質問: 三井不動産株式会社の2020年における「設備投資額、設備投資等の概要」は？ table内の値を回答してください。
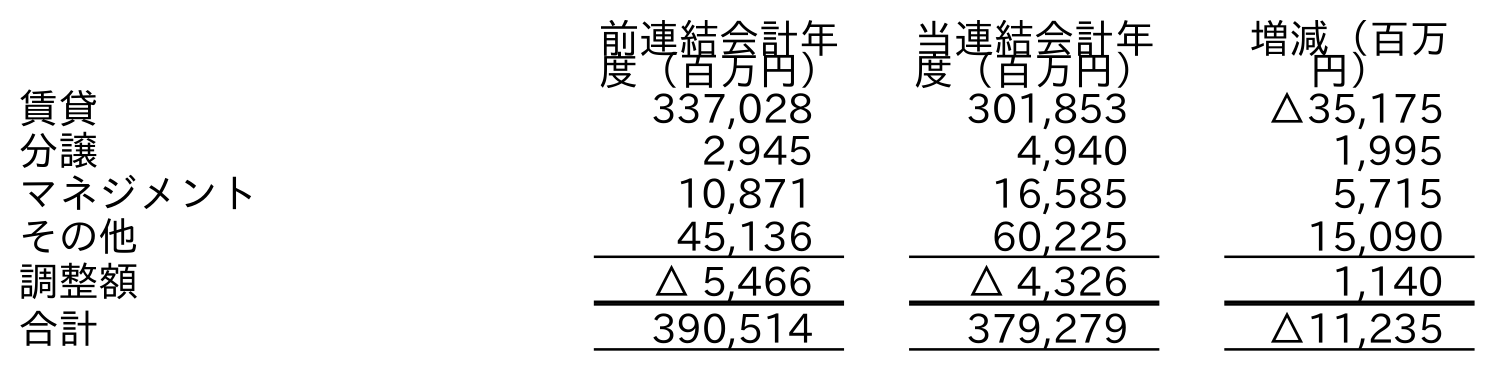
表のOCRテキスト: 前連結会計年 度（百万円） 当連結会計年 度（百万円） 増減（百万 円） 賃貸 337,028 301,853 △35,175 分譲 2,945 4,940 1,995 マネジメント 10,871 16,585 5,715 その他 45,136 60,225 15,090 調整額 △ 5,466 △ 4,326 1,140 合計 390,514 379,279 △11,235
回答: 379,279